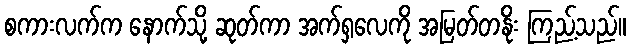
စကားလက်က နောက်သို့ ဆုတ်ကာ အက်ရှလေကို အမြတ်တနိုး ကြည့်သည်။